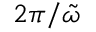
2 \pi / \tilde { \omega }